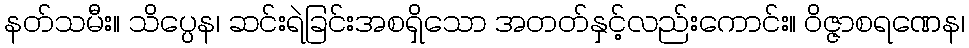
နတ်သမီး။ သိပ္ပေန၊ ဆင်းရဲခြင်းအစရှိသော အတတ်နှင့်လည်းကောင်း။ ဝိဇ္ဇာစရဏေန၊